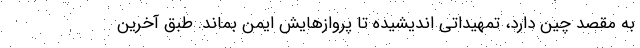
به مقصد چین دارد، تمهیداتی اندیشیده تا پروازهایش ایمن بماند. طبق آخرین